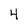
Character: 4